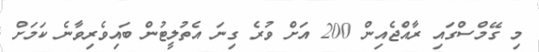
މި ގޭމްސްގައި ރާއްޖެއިން 200 އަށް ވުރެ ގިނަ އެތުލީޓުން ބައިވެރިވާނެ ކަމަށް